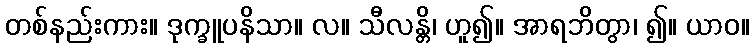
တစ်နည်းကား။ ဒုက္ခူပနိသာ။ လ။ သီလန္တိ၊ ဟူ၍။ အာရဘိတွာ၊ ၍။ ယာဝ။